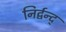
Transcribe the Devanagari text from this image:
निर्द्वन्द्